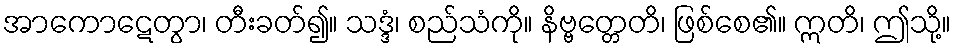
အာကောဋေတွာ၊ တီးခတ်၍။ သဒ္ဒံ၊ စည်သံကို။ နိဗ္ဗတ္တေတိ၊ ဖြစ်စေ၏။ ဣတိ၊ ဤသို့။